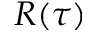
R ( \tau )